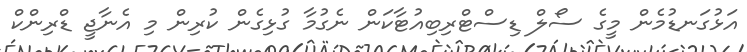
އަޅުގަނޑުމެން މީގެ ސޯލް ޑިސްޓްރިބިއުޓާކަން ނެގުމާ ގުޅިގެން ކުރިން މި އެނާޖީ ޑްރިންކް